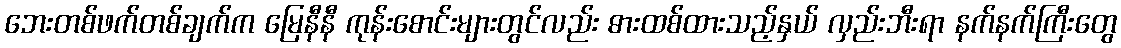
ဘေးတစ်ဖက်တစ်ချက်က မြေနီနီ ကုန်းစောင်းများတွင်လည်း ဓားထစ်ထားသည့်နှယ် လှည်းဘီးရာ နက်နက်ကြီးတွေ